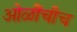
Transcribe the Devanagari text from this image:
ओळींचीच